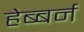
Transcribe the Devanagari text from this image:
हेब्बर्न